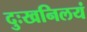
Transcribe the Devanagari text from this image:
दुःखनिलयं